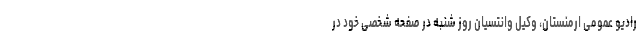
رادیو عمومی ارمنستان، وکیل وانتسیان روز شنبه در صفحه شخصی خود در